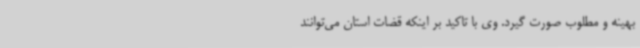
بهینه و مطلوب صورت گیرد. وی با تاکید بر اینکه قضات استان می‌توانند